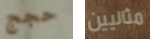
حجج مثاليين